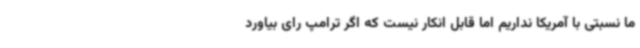
ما نسبتی با آمریکا نداریم اما قابل انکار نیست که اگر ترامپ رای بیاورد